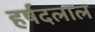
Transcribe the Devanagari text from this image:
हर्षदलाल